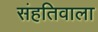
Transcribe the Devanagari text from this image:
संहतिवाला